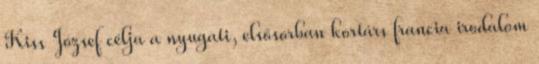
Kiss József célja a nyugati, elsősorban kortárs francia irodalom